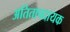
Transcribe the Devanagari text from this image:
अतितापदायक